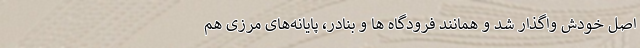
اصل خودش واگذار شد و همانند فرودگاه ها و بنادر، پایانه‌های مرزی هم